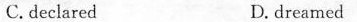
C.declared D.dreamed